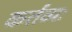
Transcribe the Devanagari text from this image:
कर्तव्यः